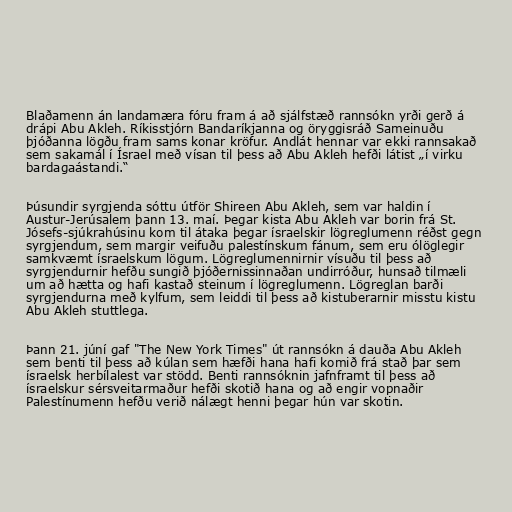
Blaðamenn án landamæra fóru fram á að sjálfstæð rannsókn yrði gerð á
drápi Abu Akleh. Ríkisstjórn Bandaríkjanna og öryggisráð Sameinuðu
þjóðanna lögðu fram sams konar kröfur. Andlát hennar var ekki rannsakað
sem sakamál í Ísrael með vísan til þess að Abu Akleh hefði látist „í virku
bardagaástandi.“

Þúsundir syrgjenda sóttu útför Shireen Abu Akleh, sem var haldin í
Austur-Jerúsalem þann 13. maí. Þegar kista Abu Akleh var borin frá St.
Jósefs-sjúkrahúsinu kom til átaka þegar ísraelskir lögreglumenn réðst gegn
syrgjendum, sem margir veifuðu palestínskum fánum, sem eru ólöglegir
samkvæmt ísraelskum lögum. Lögreglumennirnir vísuðu til þess að
syrgjendurnir hefðu sungið þjóðernissinnaðan undirróður, hunsað tilmæli
um að hætta og hafi kastað steinum í lögreglumenn. Lögreglan barði
syrgjendurna með kylfum, sem leiddi til þess að kistuberarnir misstu kistu
Abu Akleh stuttlega.

Þann 21. júní gaf "The New York Times" út rannsókn á dauða Abu Akleh
sem benti til þess að kúlan sem hæfði hana hafi komið frá stað þar sem
ísraelsk herbílalest var stödd. Benti rannsóknin jafnframt til þess að
ísraelskur sérsveitarmaður hefði skotið hana og að engir vopnaðir
Palestínumenn hefðu verið nálægt henni þegar hún var skotin.